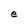
Character: e